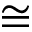
\cong